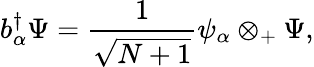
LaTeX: b_{\alpha}^{\dagger}\Psi={\frac{1}{\sqrt{N+1}}}\psi_{\alpha}\otimes_{+}\Psi,